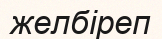
желбіреп